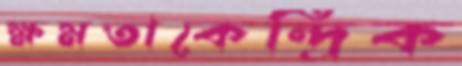
ক্ষমতাকেন্দ্রিক